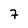
Character: 7